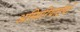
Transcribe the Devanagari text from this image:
अस्सिरियाईयों